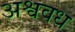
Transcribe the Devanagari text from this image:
अश्ववध